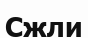
Сжли